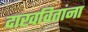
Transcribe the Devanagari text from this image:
दाखवितांना